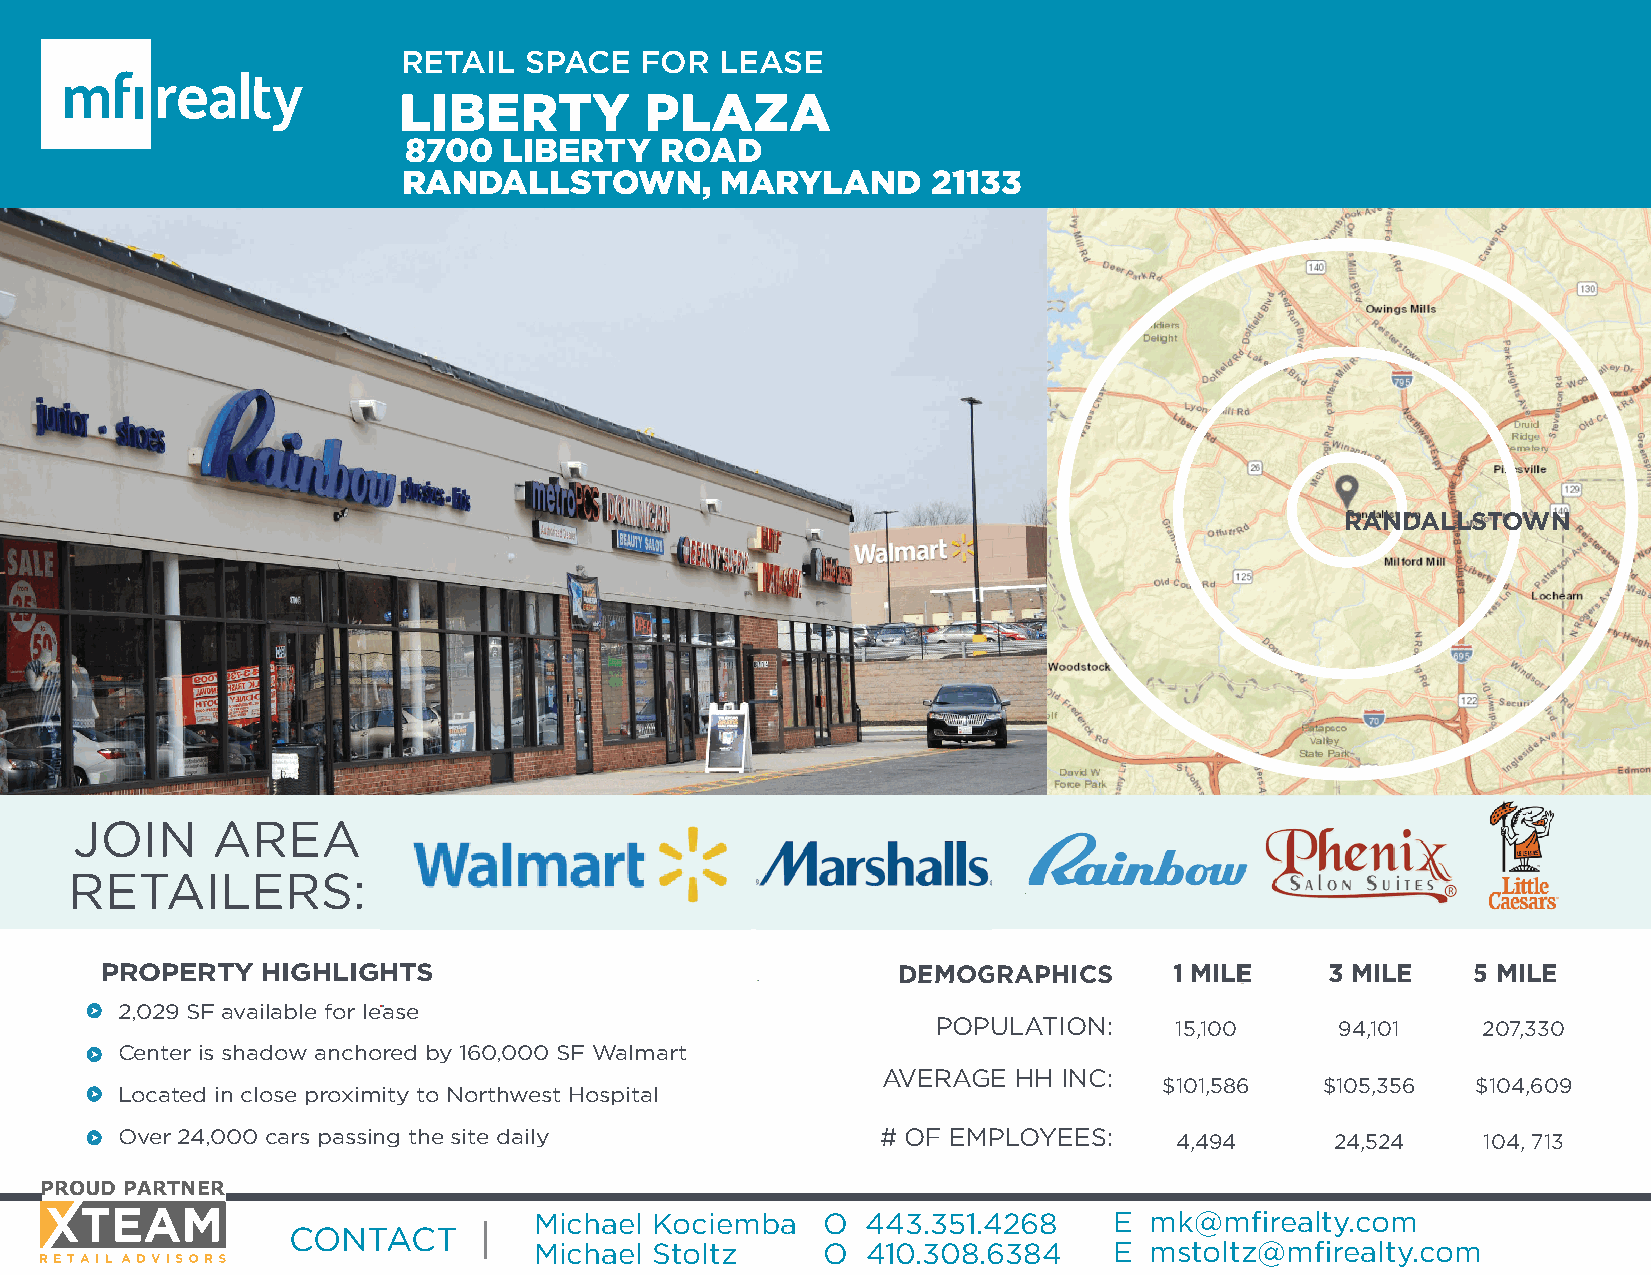
RETAIL  SPACE  FOR   LEASE
 LIBERTY          PLAZA
 8700  LIBERTY    ROAD
 RANDALLSTOWN,        MARYLAND      21133
 RANDALLSTOWN
 JOIN     AREA
 RETAILERS:
 DEMOGRAPHICS
 PROPERTY  HIGHLIGHHTTSS                             DDEEMMOOGGRAPHICS  1 MILEE   33 MMIILLEE 55 MILE
 2,029 SF available for lease
 POPULATION:     15,100     94,101   207,330
 Center is shadow anchored by 160,000 SF Walmart
 AVERAGE  HH INC:
 $101,586   $105,356  $104,609
 Located in close proximity to Northwest Hospital
 Over 24,000 cars passing the site daily           # OF EMPLOYEES:     4,494     24,524    104, 713
 PROUD PARTNER
 Michael Kociemba   O  443.351.4268     E mk@mfi  realty.com
 CONTACT
 Michael Stoltz     O  410.308.6384     E mstoltz@mfi realty.com